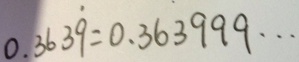
0 . 3 6 3 \dot { 9 } = 0 . 3 6 3 9 9 9 \cdots